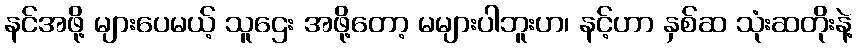
နင်အဖို့ များပေမယ့် သူဌေး အဖို့တော့ မများပါဘူးဟ၊ နင့်ဟာ နှစ်ဆ သုံးဆတိုးနဲ့